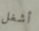
أشغل